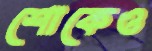
শোকেও